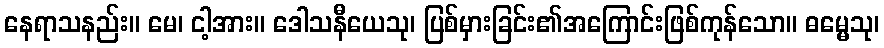
နေရာသနည်း။ မေ၊ ငါ့အား။ ဒေါသနီယေသု၊ ပြစ်မှားခြင်း၏အကြောင်းဖြစ်ကုန်သော။ ဓမ္မေသု၊